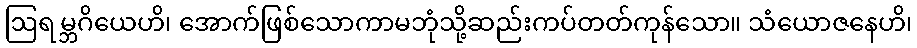
ဩရမ္ဘဂိယေဟိ၊ အောက်ဖြစ်သောကာမဘုံသို့ဆည်းကပ်တတ်ကုန်သော။ သံယောဇနေဟိ၊